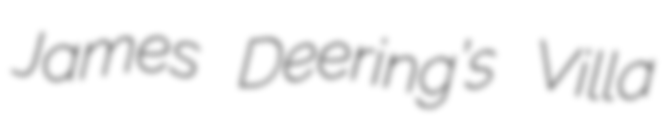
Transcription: James Deering’s Villa